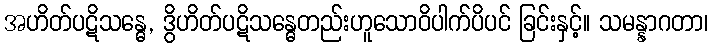
အဟိတ်ပဋိသန္ဓေ, ဒွိဟိတ်ပဋိသန္ဓေတည်းဟူသောဝိပါက်ပိပင် ခြင်းနှင့်။ သမန္နာဂတာ၊